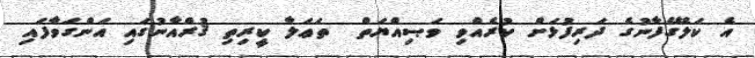
އެ ކަލޭގެފާނުގެ ދަރިފުޅަށް ކުރެއްވި ވަޞިއްޔަތް  ތަޢަލާ ކީރިތި ޤުރްއާނުގައި އަންގަވާފައި